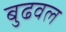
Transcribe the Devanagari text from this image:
बुढवल